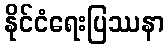
နိုင်ငံရေးပြဿနာ